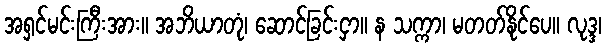
အရှင်မင်းကြီးအား။ အဘိယာတုံ၊ ဆောင်ခြင်းငှာ။ န သက္ကာ၊ မတတ်နိုင်ပေ။ လုဒ္ဒ၊